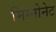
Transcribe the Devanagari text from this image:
मिग्नोनेट